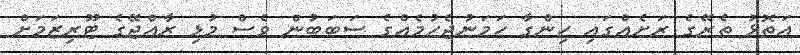
އަތޮޅު ތެރޭގެ ރަށެއްގައި ހިންގާ ހަމަނުޖެހުމެއްގެ ސަބަބުން ވެސް މުޅި ރާއްޖޭގެ ޓޫރިޒަމަށް